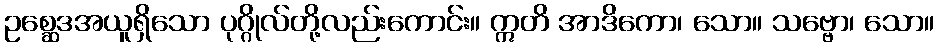
ဥစ္ဆေဒအယူရှိသော ပုဂ္ဂိုလ်တို့လည်းကောင်း။ ဣတိ အာဒိကော၊ သော။ သဗ္ဗော၊ သော။